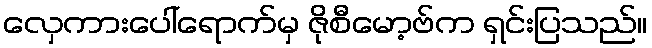
လှေကားပေါ်ရောက်မှ ဇိုစီမော့ဗ်က ရှင်းပြသည်။